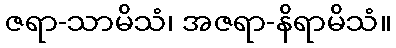
ဇရာ-သာမိသံ၊ အဇရာ-နိရာမိသံ။